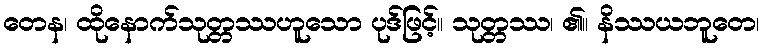
တေန၊ ထိုနောက်သုတ္တဿဟူသော ပုဒ်ဖြင့်။ သုတ္တဿ၊ ၏။ နိဿယဘူတေ၊